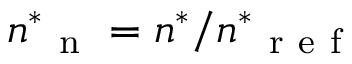
{ n ^ { \ast } } _ { \mathrm { ~ n ~ } } = n ^ { \ast } / { n ^ { \ast } } _ { \mathrm { ~ r ~ e ~ f ~ } }